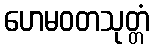
ဟေမဝတသုတ္တံ